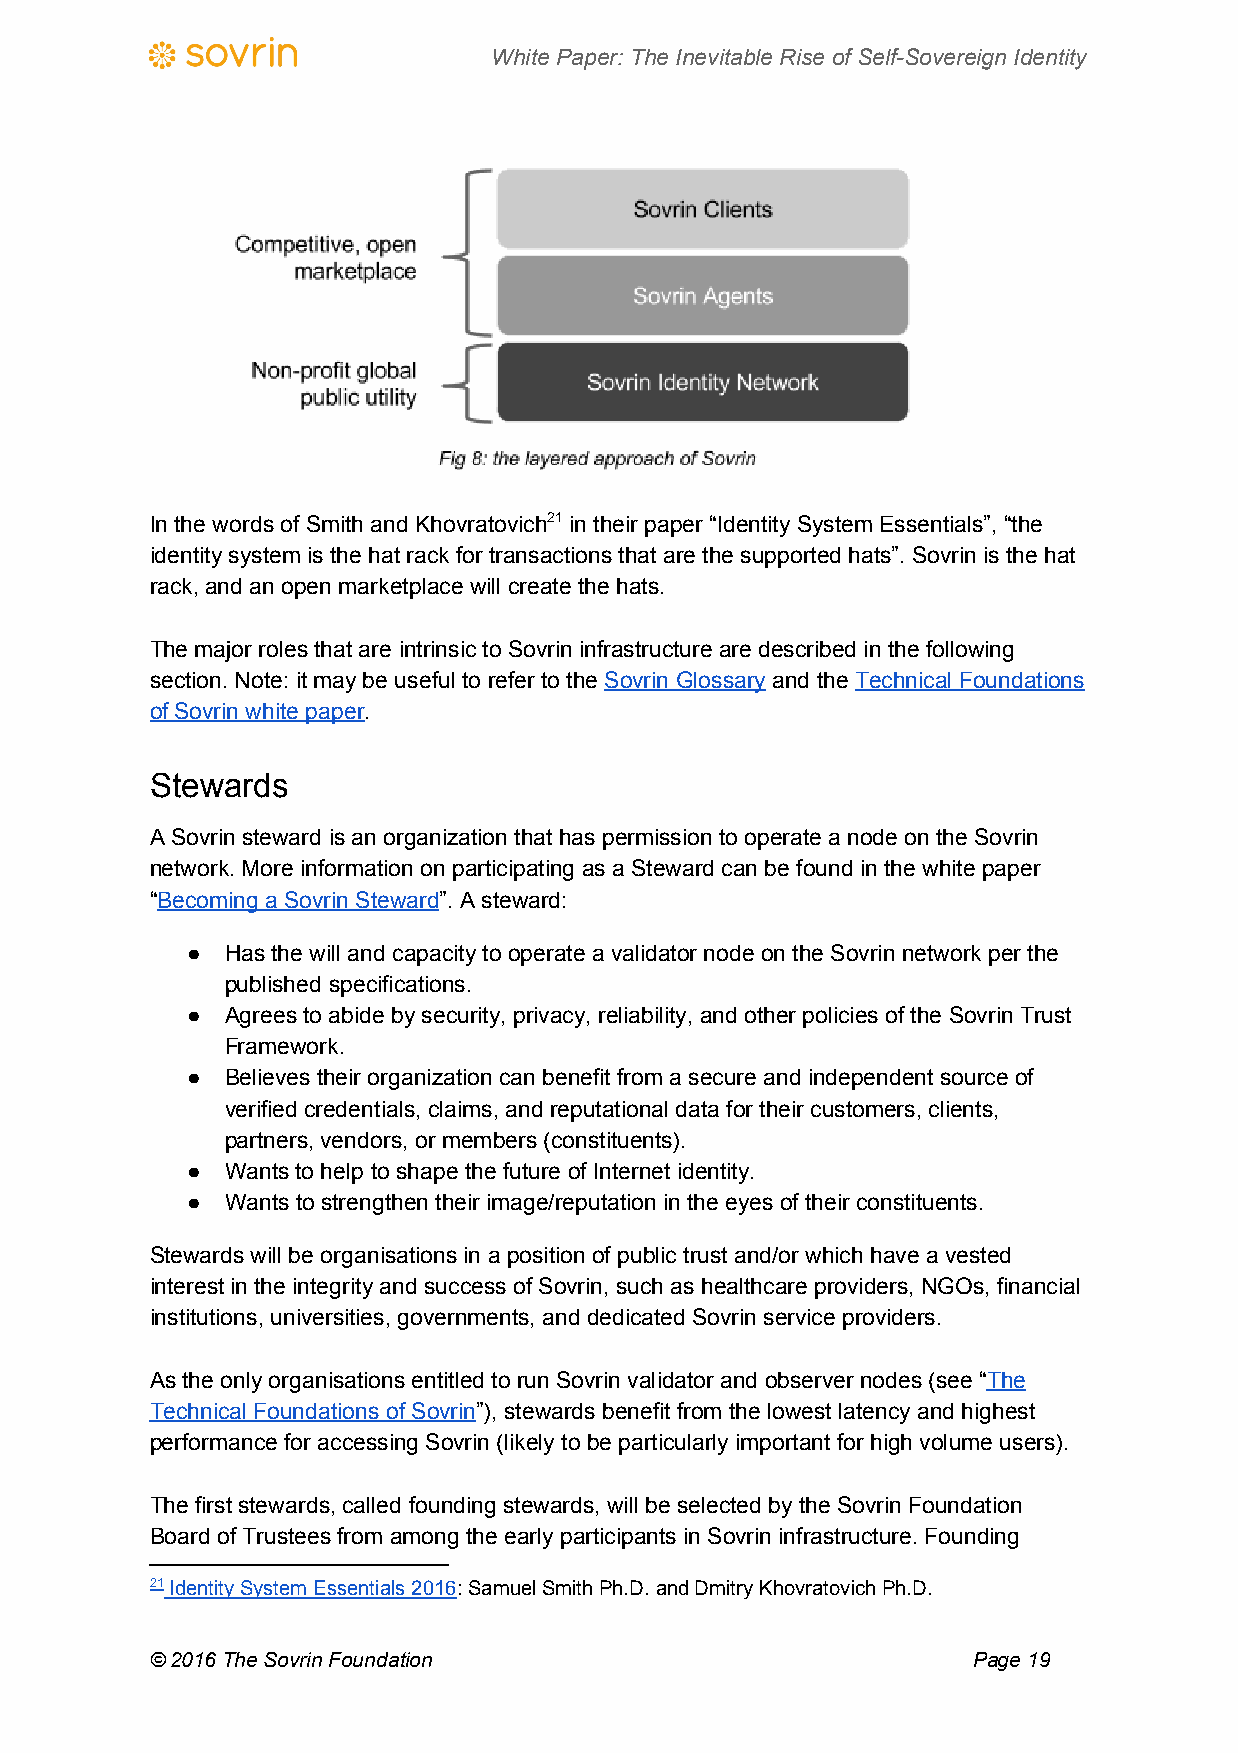
White Paper: The Inevitable Rise of Self-Sovereign Identity
 In the words of Smith and Khovratovich21 in their paper “Identity System Essentials”, “the
 identity system is the hat rack for transactions that are the supported hats”. Sovrin is the hat
 rack, and an open marketplace will create the hats.
 The major roles that are intrinsic to Sovrin infrastructure are described in the following
 section. Note: it may be useful to refer to the Sovrin Glossary and the Technical Foundations
 ​          ​     ​
 of Sovrin white paper.
 ​
 Stewards
 A Sovrin steward is an organization that has permission to operate a node on the Sovrin
 network. More information on participating as a Steward can be found in the white paper
 “Becoming a Sovrin Steward”. A steward:
 ​                  ​
 ●  Has the will and capacity to operate a validator node on the Sovrin network per the
 published specifications.
 ●  Agrees to abide by security, privacy, reliability, and other policies of the Sovrin Trust
 Framework.
 ●  Believes their organization can benefit from a secure and independent source of
 verified credentials, claims, and reputational data for their customers, clients,
 partners, vendors, or members (constituents).
 ●  Wants to help to shape the future of Internet identity.
 ●  Wants to strengthen their image/reputation in the eyes of their constituents.
 Stewards will be organisations in a position of public trust and/or which have a vested
 interest in the integrity and success of Sovrin, such as healthcare providers, NGOs, financial
 institutions, universities, governments, and dedicated Sovrin service providers.
 As the only organisations entitled to run Sovrin validator and observer nodes (see “The
 ​
 Technical Foundations of Sovrin”), stewards benefit from the lowest latency and highest
 ​
 performance for accessing Sovrin (likely to be particularly important for high volume users).
 The first stewards, called founding stewards, will be selected by the Sovrin Foundation
 Board of Trustees from among the early participants in Sovrin infrastructure. Founding
 21 Identity System Essentials 2016: Samuel Smith Ph.D. and Dmitry Khovratovich Ph.D.
 ​
 © 2016 The Sovrin Foundation                          Page 19